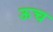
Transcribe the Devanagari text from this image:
ऊच